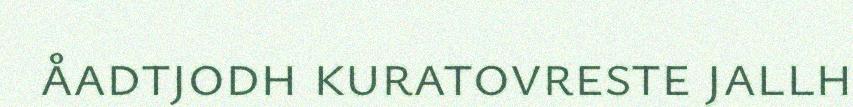
åadtjodh kuratovreste jallh